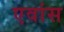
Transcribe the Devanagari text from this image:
एवांस